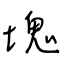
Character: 塊